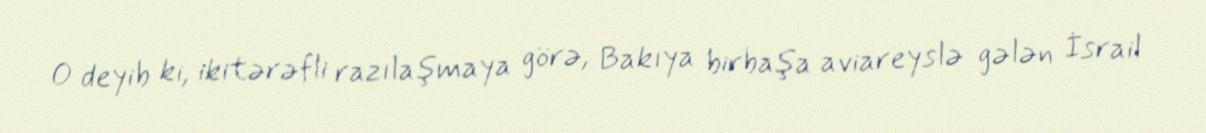
O deyib ki, ikitərəfli razılaşmaya görə, Bakıya birbaşa aviareyslə gələn İsrail